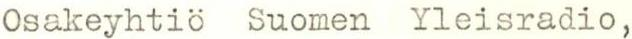
Osakeyhtiö Suomen Yleisradio,